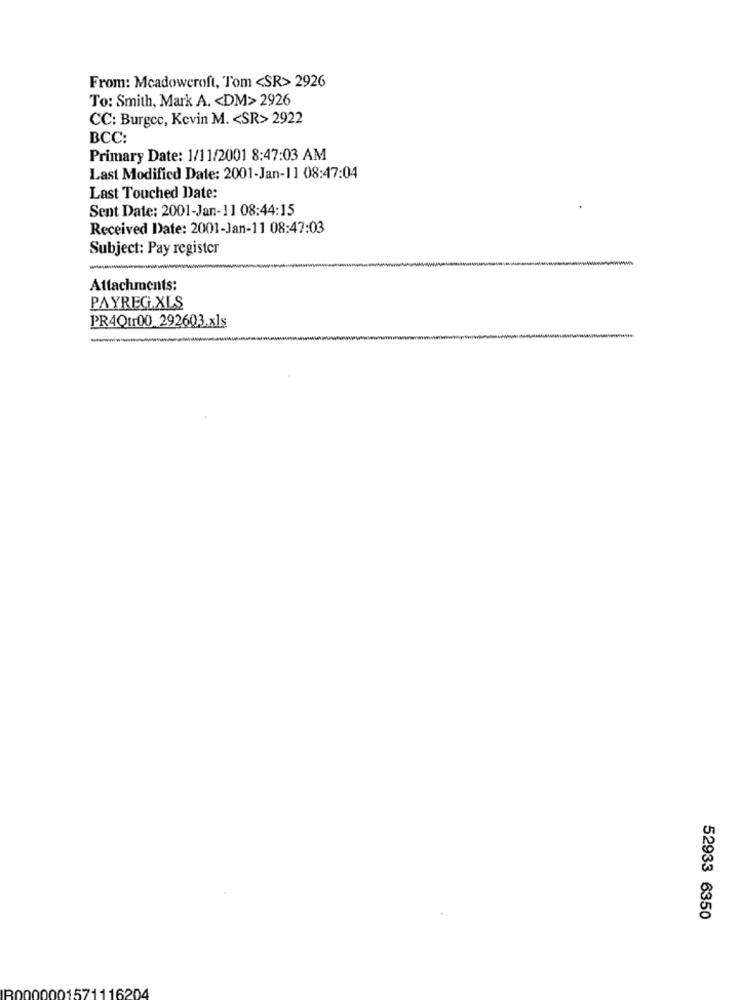
From: Mcadowcroft, Tom <SR> 2926
To: Smith, Mark A. < DM> 2926
CC: Burgec, Kevin M. < SR> 2922
BCC:
Primary Date: 1/11/2001 8:47:03 AM
Last Modified Date: 2001-Jan-11 08:47:04
Last Touched Date:
Sent Date: 2001-Jan-11 08:44:15
Received Date: 2001-Jan-11 08:47:03
Subject: Pay register
-
Attachments:
PAYREG.XLS
PR4Q1100 292603.xls
52933 6350